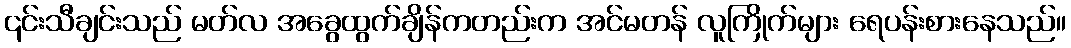
၎င်းသီချင်းသည် မတ်လ အခွေထွက်ချိန်ကတည်းက အင်မတန် လူကြိုက်များ ရေပန်းစားနေသည်။